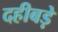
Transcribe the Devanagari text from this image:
दहीबड़े